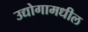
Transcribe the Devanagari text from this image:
उद्योगामधील